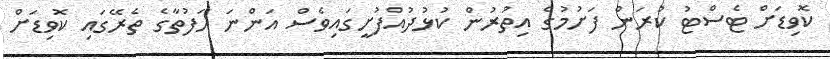
ކޮވިޑަށް ޓެސްޓު ކުރަން ފަށުމުގެ އިތުރުން ކުޅުދުއްފުށީގައިވެސް އަންނަ ހަފުތާގެ ތެރޭގައި ކޮވިޑަށް